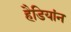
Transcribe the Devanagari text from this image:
हैडियांन